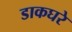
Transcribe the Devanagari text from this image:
डाकघरे